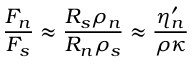
\frac { F _ { n } } { F _ { s } } \approx \frac { { \cal R } _ { s } \rho _ { n } } { { \cal R } _ { n } \rho _ { s } } \approx \frac { \eta _ { n } ^ { \prime } } { \rho \kappa }